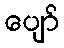
ပျော်